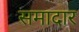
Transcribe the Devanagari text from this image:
समादार